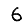
Digit: 6